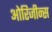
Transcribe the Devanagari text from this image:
ओरिजीन्स